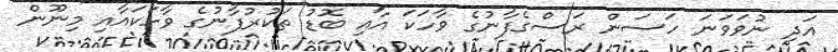
އަދި ނުވަވަނަ ހަސަން ރަސްގެފާނުގެ ވާހަކަ އާއި ބޮޑު ތަކުރުފާނުގެ ވާހަކައާއި މިނޫން